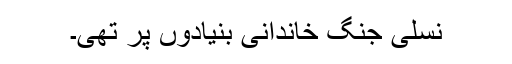
نسلی جنگ خاندانی بنیادوں پر تھی۔